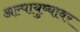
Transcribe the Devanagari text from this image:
अल्पायुष्यावर